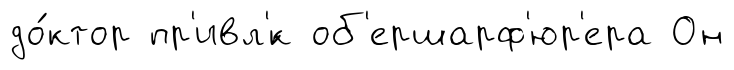
до́ктор пр'ивл'́к об'ершарф'юр'ера Он